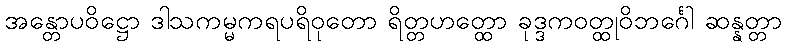
အန္တောပဝိဋ္ဌော ဒါသကမ္မကရပရိဝုတော ရိတ္တဟတ္ထော ခုဒ္ဒကဝတ္ထုဝိဘင်္ဂေါ ဆန္နတ္တာ